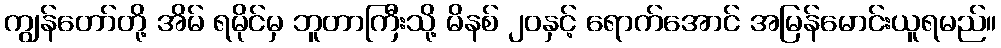
ကျွန်တော်တို့ အိမ် ရမိုင်မှ ဘူတာကြီးသို့ မိနစ် ၂၀နှင့် ရောက်အောင် အမြန်မောင်းယူရမည်။